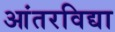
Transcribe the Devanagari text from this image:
आंतरविद्या